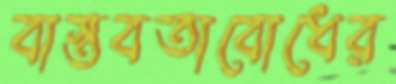
বাস্তবতাবোধের